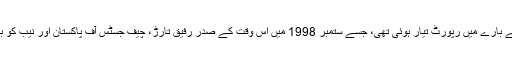
عمران خان کے وکیل نعیم بخاری نے اپنے دلائل میں کہا کہ اسحاق ڈار کی منی لانڈرنگ کے بارے میں رپورٹ تیار ہوئی تھی، جسے ستمبر 1998 میں اس وقت کے صدر رفیق تارڑ، چیف جسٹس آف پاکستان اور نیب کو بھیجا گیا تھا ، اس رپورٹ کو ایف آئی اے کے سابق ڈائریکٹر رحمان ملک نے تحریر کیا تھا۔